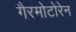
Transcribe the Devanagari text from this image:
गैरमोटोरेन